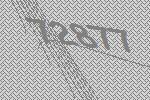
72877